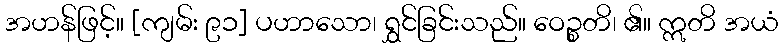
အဟန်ဖြင့်။ [ကျမ်း ၉၁] ပဟာသော၊ ရွှင်ခြင်းသည်။ ဝေဉ္စတိ၊ ၏။ ဣတိ အယံ